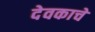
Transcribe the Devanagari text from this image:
देवकाचे